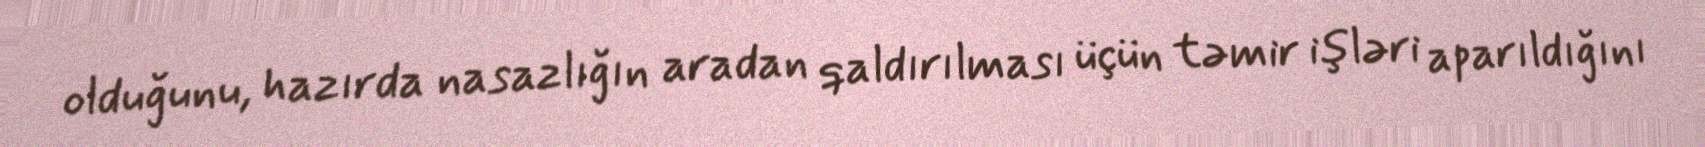
olduğunu, hazırda nasazlığın aradan qaldırılması üçün təmir işləri aparıldığını